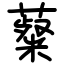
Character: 薒